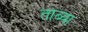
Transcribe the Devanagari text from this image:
ताब्या